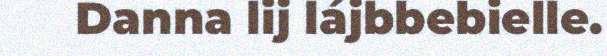
Danna lij lájbbebielle.